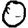
Digit: 0